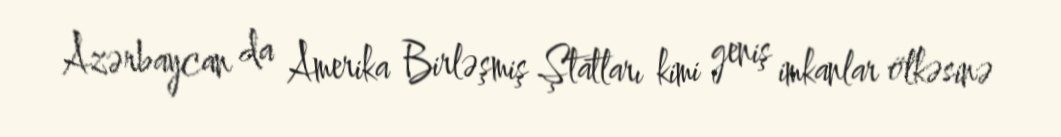
Azərbaycan da Amerika Birləşmiş Ştatları kimi geniş imkanlar ölkəsinə